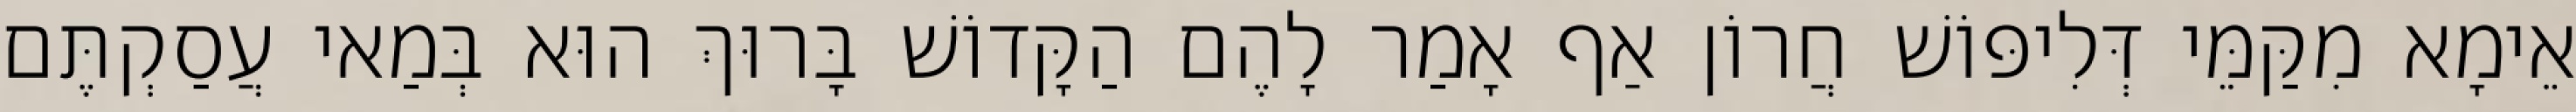
אֵימָא מִקַּמֵּי דְּלִיפּוֹשׁ חֲרוֹן אַף אָמַר לָהֶם הַקָּדוֹשׁ בָּרוּךְ הוּא בְּמַאי עֲסַקְתֶּם